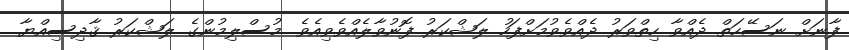
ފާނަށް ނަސޭހަތް ދެއްވާ ހިތްވަރު ދެއްވެވުމަށްފަހު ލަޝްކަރު ފޮނުވާލެއްވެވިއެވެ. މުސްލިމުންގެ ލަޝްކަރު ޤާދިސިއްޔާ